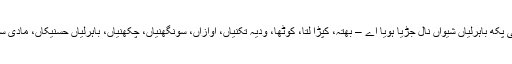
جسمانی پکھ باہرلیاں شیواں نال جڑیا ہویا اے – بھتہ، کپڑا لتا، کوٹھا، ودیہ تکنیاں، اوازاں، سونگھنیاں، چکھنیاں، باہرلیاں حسنیکاں، مادی سوکھاں۔